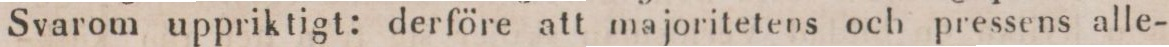
Svarom uppriktigt: derföre att majoritetens och pressens alle-